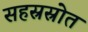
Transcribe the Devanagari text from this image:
सहस्रस्रोत